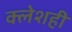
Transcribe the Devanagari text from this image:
क्लेशही